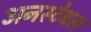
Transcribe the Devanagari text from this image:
अनस्टेबल